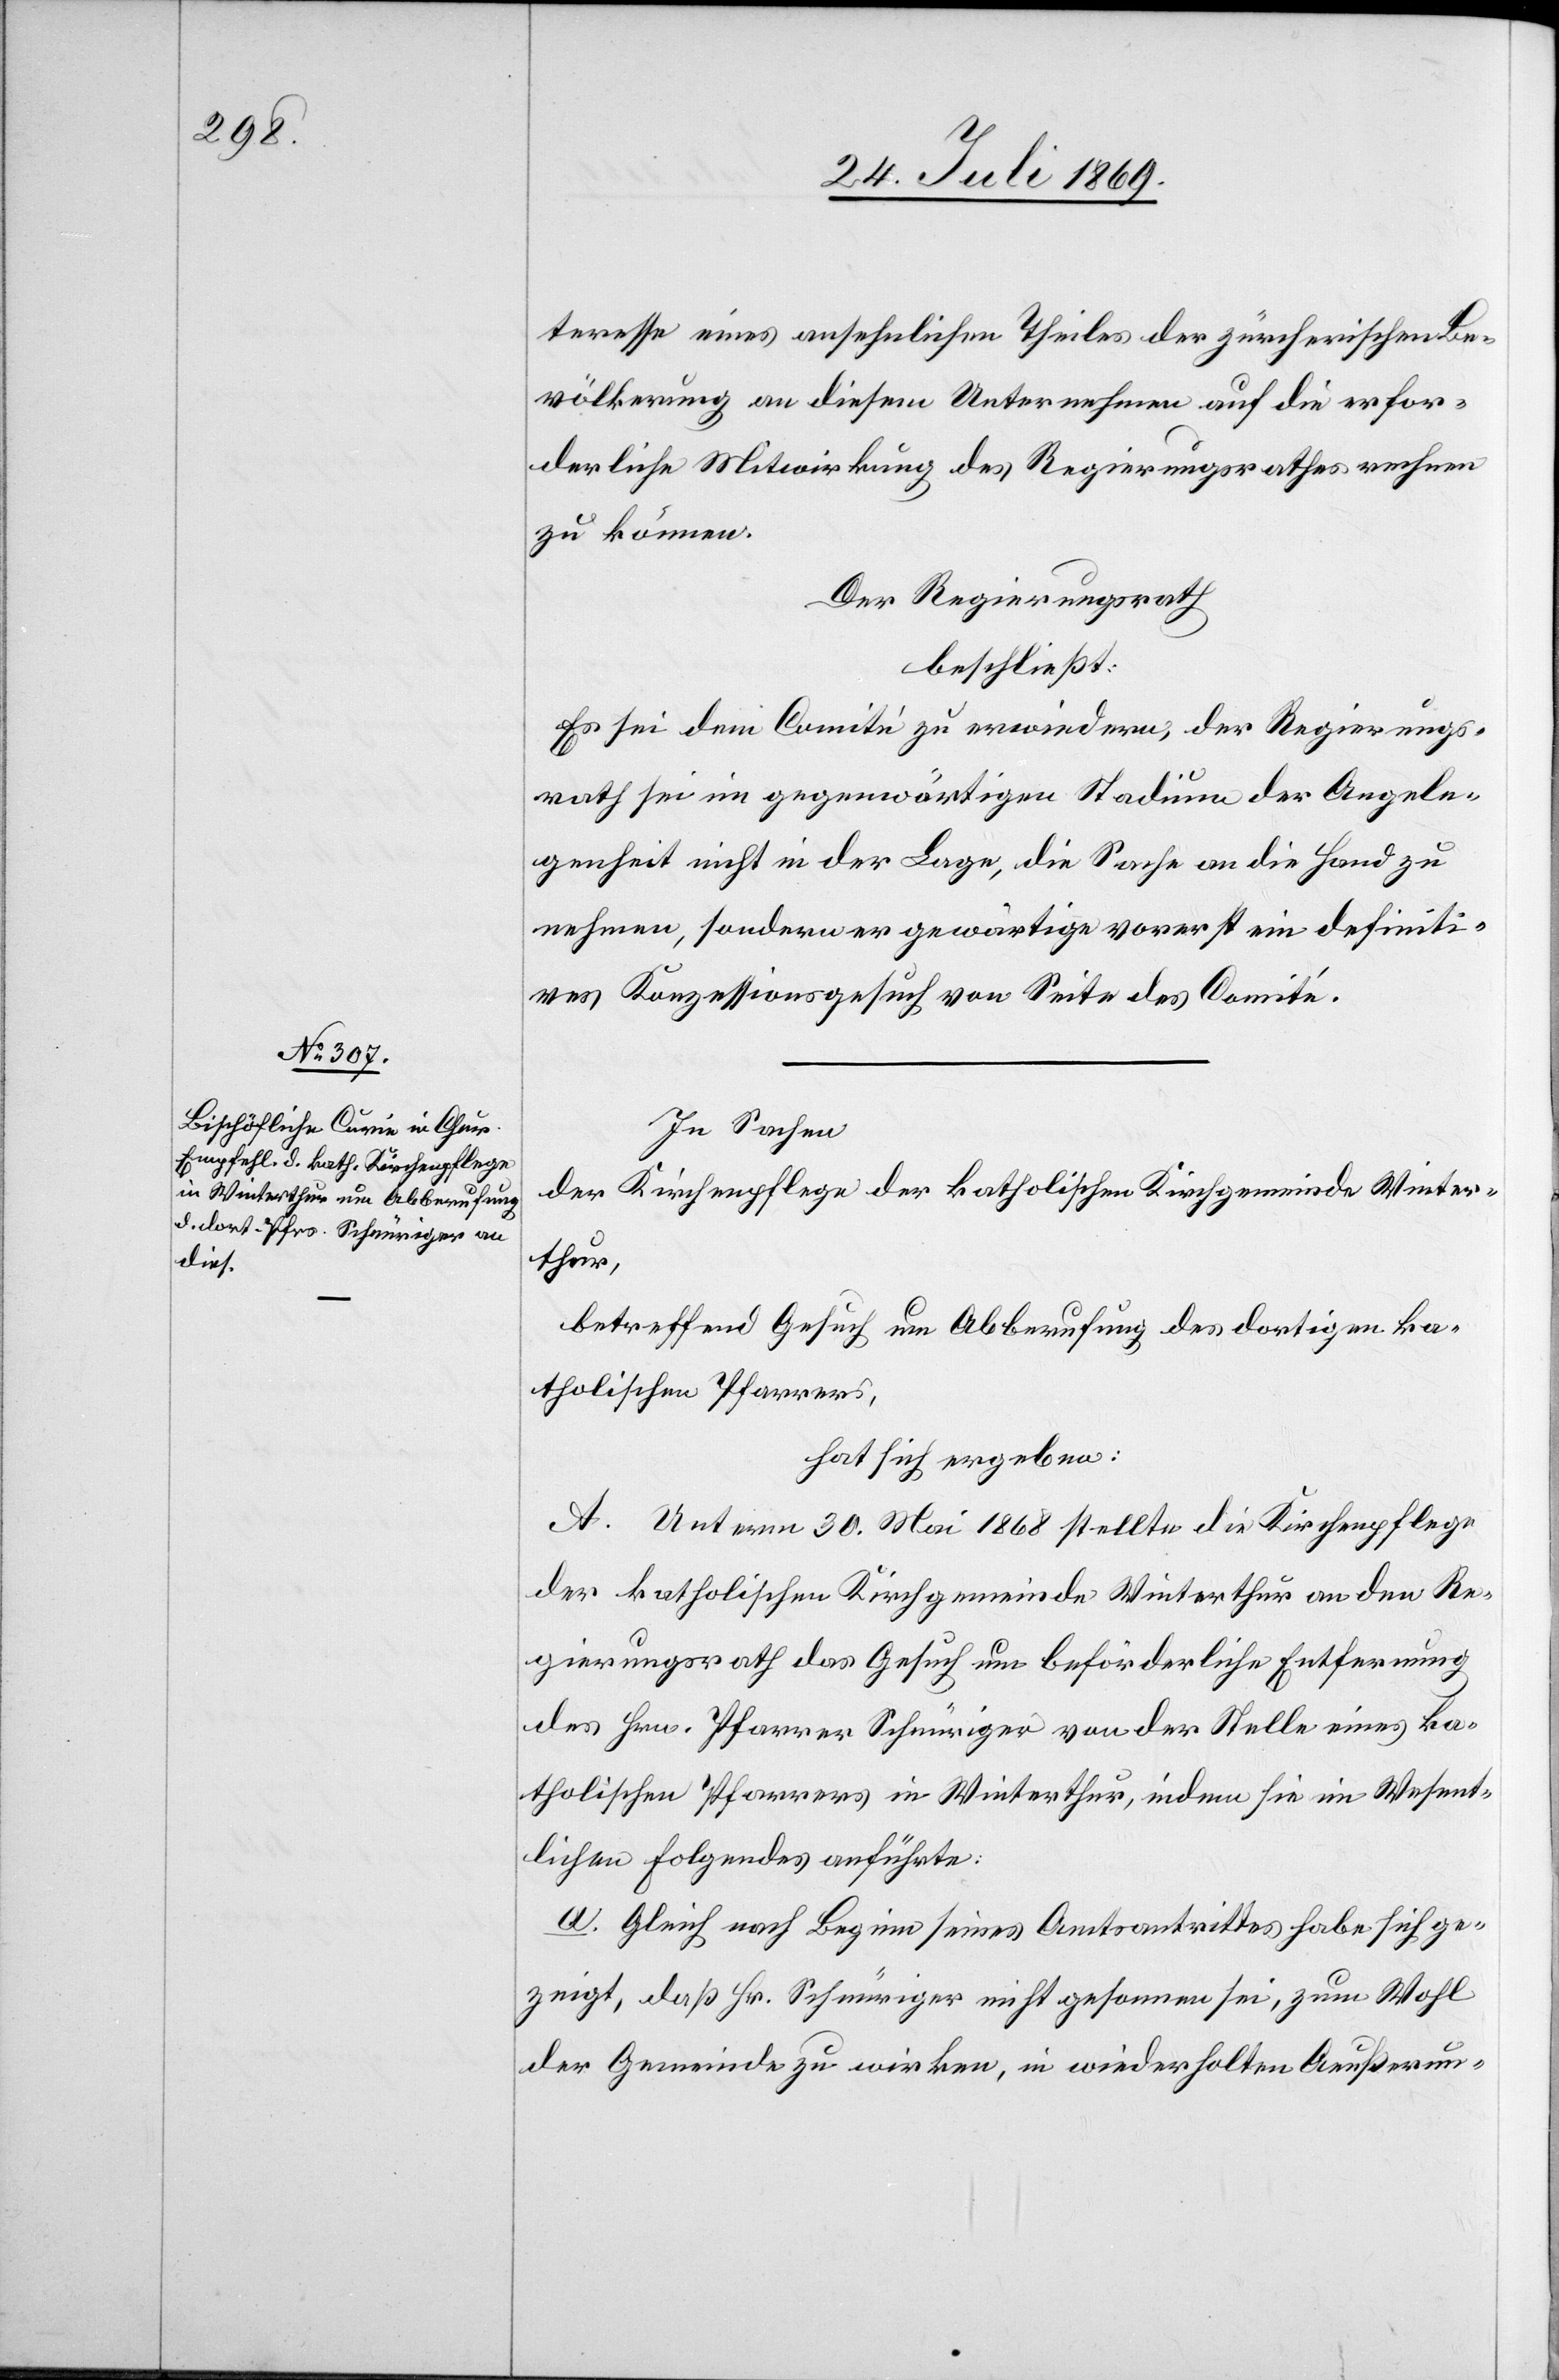
teresse eines ansehnlichen Theiles der zürcherischen Be¬
völkerung an diesem Unternehmen auf die erfor¬
derliche Mitwirkung des Regierungsrathes rechnen
zu können.
Der Regierungsrath,
beschließt:
Es sei dem Comité zu erwiedern, der Regierungs¬
rath sei im gegenwärtigen Stadium der Angele¬
genheit nicht in der Lage, die Sache an die Hand zu
nehmen, sondern er gewärtige vorerst ein definiti¬
ves Konzessionsgesuch von Seite des Comité.
In Sachen
der Kirchenpflege der katholischen Kirchgemeinde Winter¬
thur,
betreffend Gesuch um Abberufung des dortigen ka¬
tholischen Pfarrers,
hat sich ergeben:
A. Unterm 30. Mai 1868 stellte die Kirchenpflege
der katholische Kirchgemeinde Winterthur an den Re¬
gierungsrath das Gesuch um beförderliche Entfernung
des Hrn. Pfarrer Schnüriger von der Stelle eines ka¬
tholischen Pfarrers in Winterthur, indem sie im Wesent¬
lichen Folgendes anführte:
a. Gleich nach Beginn seines Amtsantrittes habe sich ge¬
zeigt, daß Hr. Schnüriger nicht gesonnen sei, zum Wohl
der Gemeinde zu wirken, in wiederholten Aeußerun-